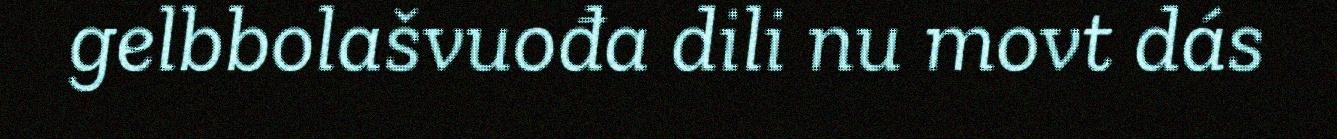
gelbbolašvuođa dili nu movt dás